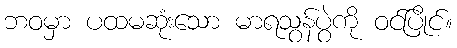
ဘဝမှာ ပထမဆုံးသော မာရသွန်ပွဲကို ဝင်ပြိုင်။